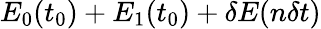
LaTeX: E_{0}(t_{0})+E_{1}(t_{0})+\delta E(n\delta t)